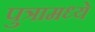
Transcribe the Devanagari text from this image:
पुत्रामध्ये